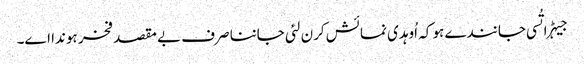
جیہڑا تُسی جانندے ہو کہ اُوہدی نمائش کرن لئی جاننا صرف بے مقصد فخر ہوندا اے۔